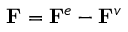
\mathbf { F } = \mathbf { F } ^ { e } - \mathbf { F } ^ { v }